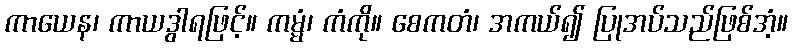
ကာယေန၊ ကာယဒွါရဖြင့်။ ကမ္မံ၊ ကံကို။ စေကတံ၊ အကယ်၍ ပြုအပ်သည်ဖြစ်အံ့။